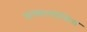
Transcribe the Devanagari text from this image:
अल्कालोसिस